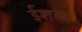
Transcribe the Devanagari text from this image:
ईशत्व